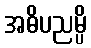
အဓိပညမ္ပိ